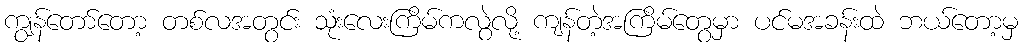
ကျွန်တော်တော့ တစ်လအတွင်း သုံးလေးကြိမ်ကလွဲလို့ ကျန်တဲ့အကြိမ်တွေမှာ ပင်မအခန်းထဲ ဘယ်တော့မှ